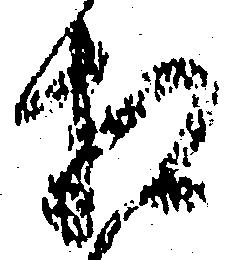
相